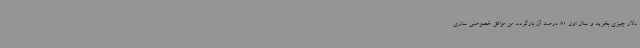
دلار چیزی بخرید و سال اول 80 درصد آن بازگردد. من موافق خصوصی سازی